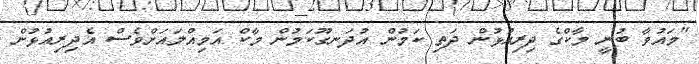
"މައުވާ ބުނީ މާކްގެ ދިރިއުޅުން ދަތި ކަމުން އުދަނގޫކަމުން މާކް އަމިއްލައަށްވެސް އެދިރިއުޅުން